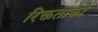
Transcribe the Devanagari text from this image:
रिक्तताको